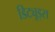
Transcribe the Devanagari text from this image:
डिट्यूड्स